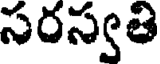
సరస్వతి